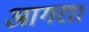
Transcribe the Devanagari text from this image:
आगरा।